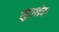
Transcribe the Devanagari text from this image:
सुप्रभेद।